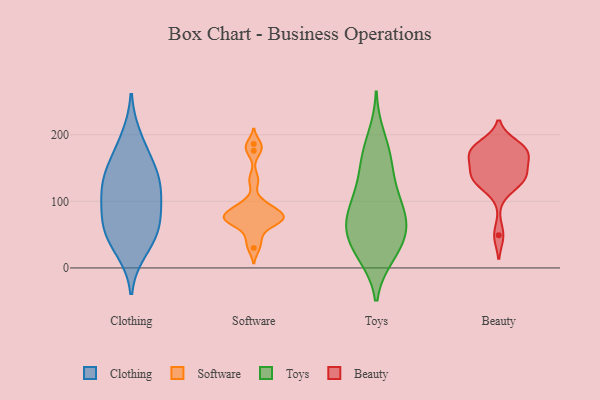
{"axis": {"x": "Energy Usage (MWh)", "y": "Value"}, "legend": ["Beauty", "Clothing", "Software", "Toys"], "data": [{"x": "", "y": 195, "type": "Clothing"}, {"x": "", "y": 60, "type": "Clothing"}, {"x": "", "y": 149, "type": "Clothing"}, {"x": "", "y": 27, "type": "Clothing"}, {"x": "", "y": 163, "type": "Clothing"}, {"x": "", "y": 120, "type": "Clothing"}, {"x": "", "y": 129, "type": "Clothing"}, {"x": "", "y": 47, "type": "Clothing"}, {"x": "", "y": 87, "type": "Clothing"}, {"x": "", "y": 121, "type": "Clothing"}, {"x": "", "y": 88, "type": "Clothing"}, {"x": "", "y": 55, "type": "Clothing"}, {"x": "", "y": 97, "type": "Software"}, {"x": "", "y": 81, "type": "Software"}, {"x": "", "y": 46, "type": "Software"}, {"x": "", "y": 30, "type": "Software"}, {"x": "", "y": 72, "type": "Software"}, {"x": "", "y": 92, "type": "Software"}, {"x": "", "y": 186, "type": "Software"}, {"x": "", "y": 64, "type": "Software"}, {"x": "", "y": 83, "type": "Software"}, {"x": "", "y": 176, "type": "Software"}, {"x": "", "y": 73, "type": "Software"}, {"x": "", "y": 132, "type": "Software"}, {"x": "", "y": 74, "type": "Software"}, {"x": "", "y": 74, "type": "Software"}, {"x": "", "y": 46, "type": "Toys"}, {"x": "", "y": 167, "type": "Toys"}, {"x": "", "y": 199, "type": "Toys"}, {"x": "", "y": 67, "type": "Toys"}, {"x": "", "y": 17, "type": "Toys"}, {"x": "", "y": 155, "type": "Toys"}, {"x": "", "y": 83, "type": "Toys"}, {"x": "", "y": 65, "type": "Toys"}, {"x": "", "y": 17, "type": "Toys"}, {"x": "", "y": 109, "type": "Toys"}, {"x": "", "y": 168, "type": "Toys"}, {"x": "", "y": 63, "type": "Toys"}, {"x": "", "y": 123, "type": "Toys"}, {"x": "", "y": 46, "type": "Toys"}, {"x": "", "y": 22, "type": "Toys"}, {"x": "", "y": 111, "type": "Toys"}, {"x": "", "y": 90, "type": "Toys"}, {"x": "", "y": 59, "type": "Toys"}, {"x": "", "y": 171, "type": "Beauty"}, {"x": "", "y": 134, "type": "Beauty"}, {"x": "", "y": 169, "type": "Beauty"}, {"x": "", "y": 170, "type": "Beauty"}, {"x": "", "y": 134, "type": "Beauty"}, {"x": "", "y": 49, "type": "Beauty"}, {"x": "", "y": 140, "type": "Beauty"}, {"x": "", "y": 185, "type": "Beauty"}, {"x": "", "y": 118, "type": "Beauty"}, {"x": "", "y": 150, "type": "Beauty"}, {"x": "", "y": 173, "type": "Beauty"}, {"x": "", "y": 134, "type": "Beauty"}, {"x": "", "y": 186, "type": "Beauty"}]}